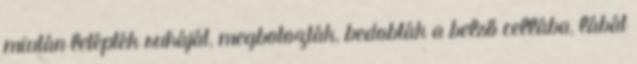
miután letépték ruháját, megbotozták, bedobták a belső cellába, lábát